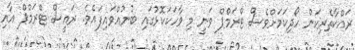
ރައްކާތެރިކަން ހޯދިކަމަށްވެސް ޓްރަމްޕް ވަނީ މި ވާހަކަކޮޅުގައި ބުނުއްވައިފައެވެ. ރައީސް ޓްރަމްޕް އާއި